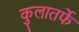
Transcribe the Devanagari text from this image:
कुलातर्फे